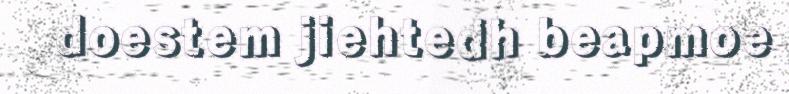
doestem jiehtedh beapmoe